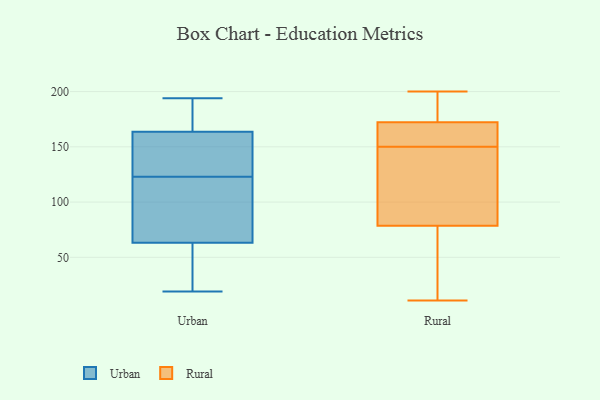
{"axis": {"x": "Customer Acquisition Cost (USD)", "y": "Value"}, "legend": ["Rural", "Urban"], "data": [{"x": "", "y": 65, "type": "Urban"}, {"x": "", "y": 94, "type": "Urban"}, {"x": "", "y": 194, "type": "Urban"}, {"x": "", "y": 180, "type": "Urban"}, {"x": "", "y": 170, "type": "Urban"}, {"x": "", "y": 36, "type": "Urban"}, {"x": "", "y": 166, "type": "Urban"}, {"x": "", "y": 63, "type": "Urban"}, {"x": "", "y": 19, "type": "Urban"}, {"x": "", "y": 23, "type": "Urban"}, {"x": "", "y": 123, "type": "Urban"}, {"x": "", "y": 141, "type": "Urban"}, {"x": "", "y": 125, "type": "Urban"}, {"x": "", "y": 157, "type": "Urban"}, {"x": "", "y": 64, "type": "Urban"}, {"x": "", "y": 173, "type": "Rural"}, {"x": "", "y": 150, "type": "Rural"}, {"x": "", "y": 64, "type": "Rural"}, {"x": "", "y": 40, "type": "Rural"}, {"x": "", "y": 95, "type": "Rural"}, {"x": "", "y": 57, "type": "Rural"}, {"x": "", "y": 169, "type": "Rural"}, {"x": "", "y": 11, "type": "Rural"}, {"x": "", "y": 188, "type": "Rural"}, {"x": "", "y": 92, "type": "Rural"}, {"x": "", "y": 163, "type": "Rural"}, {"x": "", "y": 133, "type": "Rural"}, {"x": "", "y": 74, "type": "Rural"}, {"x": "", "y": 170, "type": "Rural"}, {"x": "", "y": 180, "type": "Rural"}, {"x": "", "y": 160, "type": "Rural"}, {"x": "", "y": 198, "type": "Rural"}, {"x": "", "y": 200, "type": "Rural"}, {"x": "", "y": 124, "type": "Rural"}]}